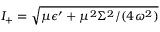
I _ { + } = \sqrt { \mu \epsilon ^ { \prime } + \mu ^ { 2 } \Sigma ^ { 2 } / ( 4 \omega ^ { 2 } ) }